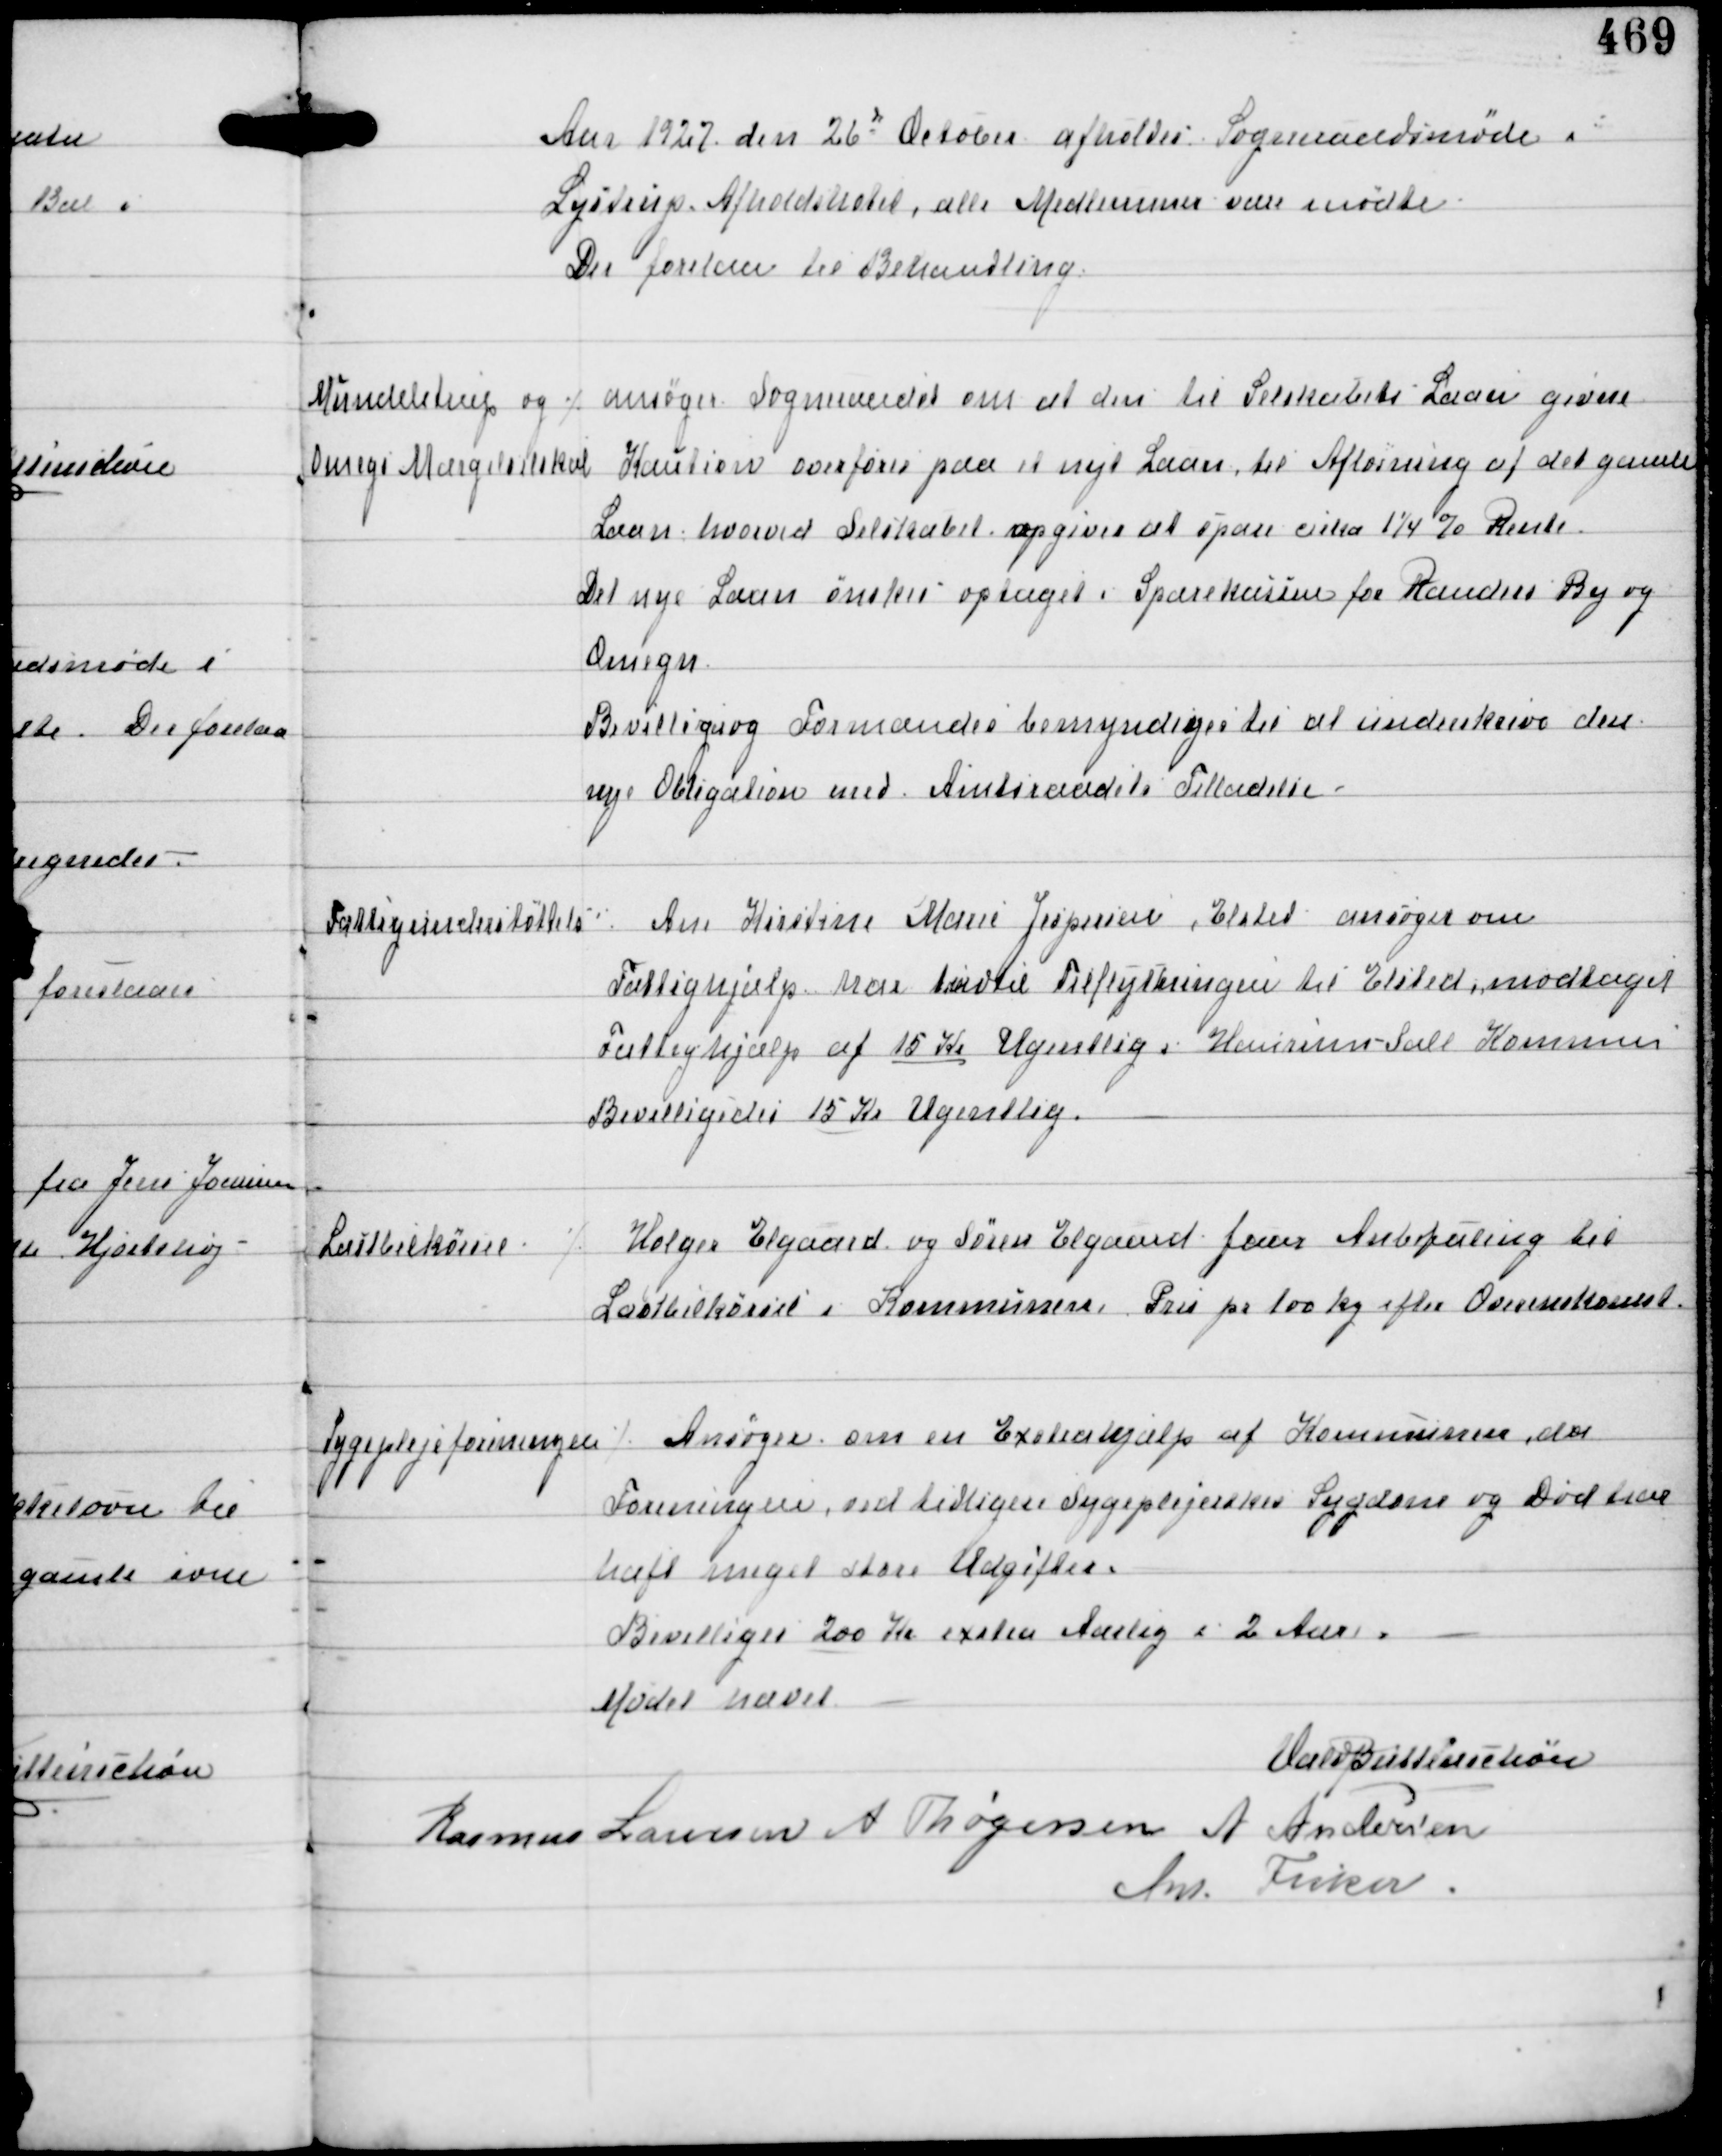
Transskription:
Aar 1927 den 26d October afholdes Sogneraadsmøde i
Lystrup Afholdshotel, alle Medlemmer vare mødte
Der forelaa til Behandling

Mundelstrup og ⁒
Omegns Mærgelselskab

ansøger Sogneraadet om at den til Selskabets Laan givne
Kaution overføres paa et nyt Laan til Afløsning af det gamle
Laan hvorved Selskabet opgiver at spare cirka 1¼% Rente.
Det nye Laan ønskes optaget i Sparekassen for Randers By og
Omegn.
Bevilliges og Formanden bemyndiges til at underskrive den
nye Obligation med Amtsraadets Tilladelse.

Fattigunderstøttelse

Ane Kirstine Marie Jespersen, Elsted ansøger om
Fattighjælp har indtil Tilflytningen til Elsted modtaget
Fattighjælp af 15 Kr Ugentlig i Haurum - Sall Kommun
Bevilligedes 15 Kr Ugentlig.

Lastbilkørsel

⁒ Holger Elgaard og Søren Elgaard faar Anbefaling til
Lastbilkørsel i Kommunen. Pris pr 100 kg efter Overenskomst.

Sygeplejeforeningen

⁒ Ansøger om en Extrahjælp af Kommunen, da
Foreningen ved tidligere Sygeplejerskes Sygdom og Død har
haft meget store Udgifter.
Bevilliges 200 Kr extra Aarlig i 2 Aar.

Mødet hævet
Vald Buttenschøn
Rasmus Laursen A Thøgersen A Andersen
Ant Fisker